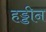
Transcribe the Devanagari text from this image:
हड्डीन